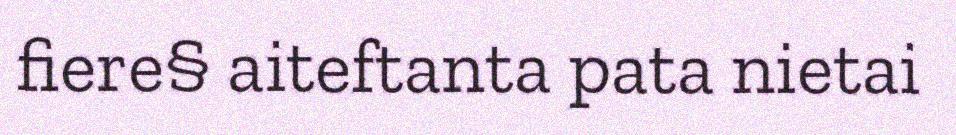
fiere§ aiteftanta pata nietai